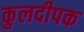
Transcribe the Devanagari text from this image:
कुलदीपक